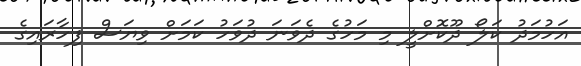
އަހުމަދު ކަލޯ ދޫކޮށްލީ މި މަހުގެ ދެވަނަ ދުވަހު ކަމަށް ވިޔަސް ފިހާރައިގެ